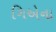
ગિએના